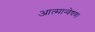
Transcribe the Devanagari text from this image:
आत्मान्वेषण।